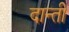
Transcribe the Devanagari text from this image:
दान्ती